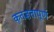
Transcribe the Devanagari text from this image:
कृतज्ञतापूर्ण